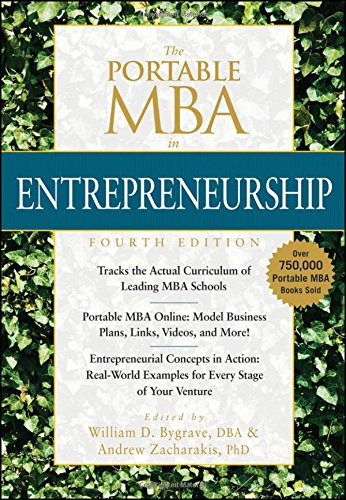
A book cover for The Portable MBA in Entrepreneurship; William D. Bygrave; Business & Money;